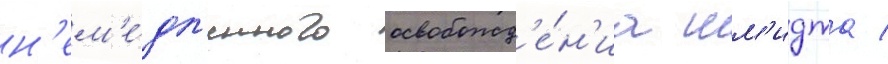
н'ем'е́дл'енного освобожд'е́н'иа шм'идта /